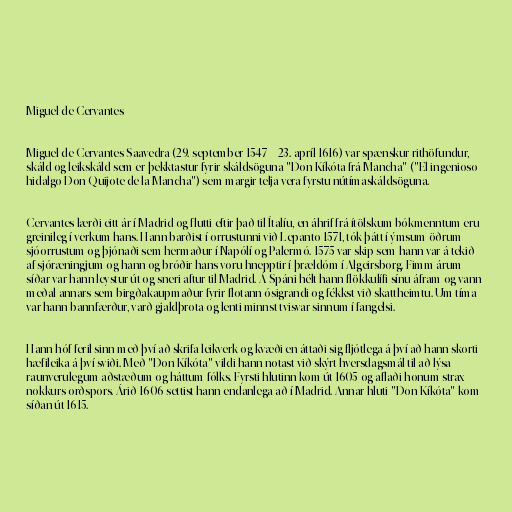
Miguel de Cervantes

Miguel de Cervantes Saavedra (29. september 1547 – 23. apríl 1616) var spænskur rithöfundur,
skáld og leikskáld sem er þekktastur fyrir skáldsöguna "Don Kíkóta frá Mancha" ("El ingenioso
hidalgo Don Quijote de la Mancha") sem margir telja vera fyrstu nútímaskáldsöguna.

Cervantes lærði eitt ár í Madrid og flutti eftir það til Ítalíu, en áhrif frá ítölskum bókmenntum eru
greinileg í verkum hans. Hann barðist í orrustunni við Lepanto 1571, tók þátt í ýmsum öðrum
sjóorrustum og þjónaði sem hermaður í Napólí og Palermó. 1575 var skip sem hann var á tekið
af sjóræningjum og hann og bróðir hans voru hnepptir í þrældóm í Algeirsborg. Fimm árum
síðar var hann leystur út og sneri aftur til Madrid. Á Spáni hélt hann flökkulífi sínu áfram og vann
meðal annars sem birgðakaupmaður fyrir flotann ósigrandi og fékkst við skattheimtu. Um tíma
var hann bannfærður, varð gjaldþrota og lenti minnst tvisvar sinnum í fangelsi.

Hann hóf feril sinn með því að skrifa leikverk og kvæði en áttaði sig fljótlega á því að hann skorti
hæfileika á því sviði. Með "Don Kíkóta" vildi hann notast við skýrt hversdagsmál til að lýsa
raunverulegum aðstæðum og háttum fólks. Fyrsti hlutinn kom út 1605 og aflaði honum strax
nokkurs orðspors. Árið 1606 settist hann endanlega að í Madrid. Annar hluti "Don Kíkóta" kom
síðan út 1615.